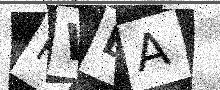
Text: PWDA